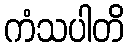
ကံသပါတိ